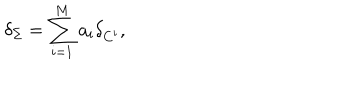
\delta _ { \Sigma } = \sum _ { i = 1 } ^ { M } a _ { i } \delta _ { C ^ { i } } ,